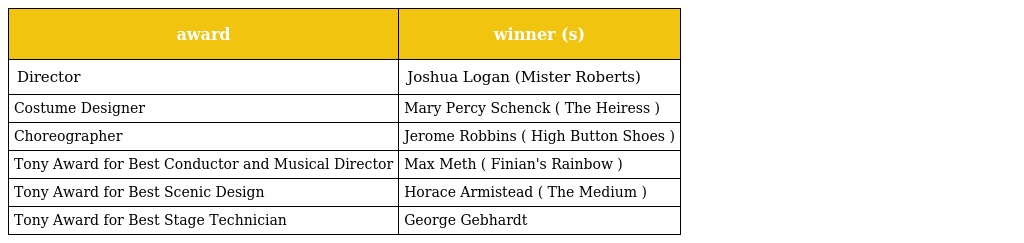
| award | winner (s) |
 | --- | --- |
 | Director | Joshua Logan (Mister Roberts) |
 | Costume Designer | Mary Percy Schenck ( The Heiress ) |
 | Choreographer | Jerome Robbins ( High Button Shoes ) |
 | Tony Award for Best Conductor and Musical Director | Max Meth ( Finian's Rainbow ) |
 | Tony Award for Best Scenic Design | Horace Armistead ( The Medium ) |
 | Tony Award for Best Stage Technician | George Gebhardt |